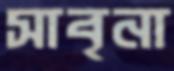
সাবৃনা